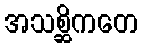
အသစ္ဆိကတေ